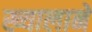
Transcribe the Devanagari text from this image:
ख्यालाने